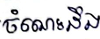
ចំណេះដឹង